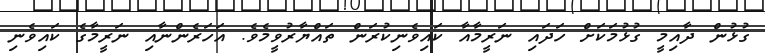
ގުޅުން ދާއިމީ ގުޅުމަކަށް ހަދައި ނަރީމާއާ ކައިވެނިކުރަން ތައްޔާރުވީމެވެ. އަހަރެންނާއި ނަރީމާގެ ކައިވެނި